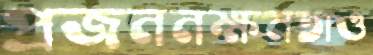
প্রজননক্ষমতাও